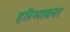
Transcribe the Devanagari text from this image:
हरिभावना